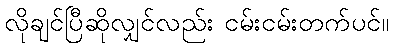
လိုချင်ပြီဆိုလျှင်လည်း ငမ်းငမ်းတက်ပင်။